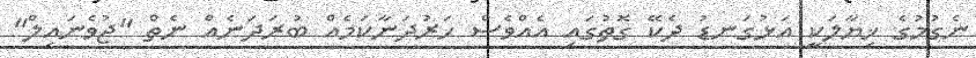
ނެގުމުގެ ޚިޔާލަކީ އަޅުގަނޑު ދެކޭ ގޮތުގައި އެއްވެސް ހަރުދަނާކަމެއް ބުރަދަނެއް ނެތް "ޖުވެނައިލް"